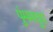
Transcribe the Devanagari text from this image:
पुंममधुप